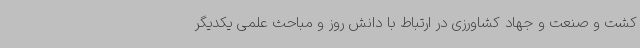
کشت و صنعت و جهاد کشاورزی در ارتباط با دانش روز و مباحث علمی یکدیگر